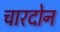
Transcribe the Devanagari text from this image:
चारदोन